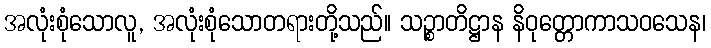
အလုံးစုံသောလူ, အလုံးစုံသောတရားတို့သည်။ သဉ္စာတိဋ္ဌာန နိဝုတ္တောကာသဝသေန၊